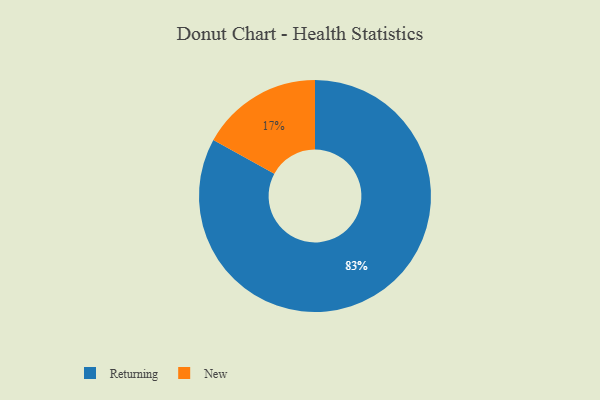
{"axis": {"x": "Category", "y": "Percentage"}, "legend": ["New", "Returning"], "data": [{"x": "Returning", "y": 83, "type": "Returning"}, {"x": "New", "y": 17, "type": "New"}]}